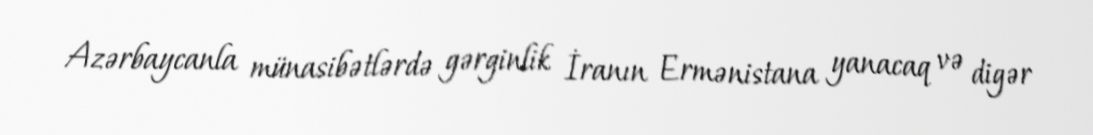
Azərbaycanla münasibətlərdə gərginlik İranın Ermənistana yanacaq və digər